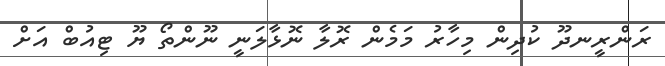
ރަންރީނދޫ ކުދިން މިހާރު މަމެން ރޮލާ ނޮޅާލަނީ ނޫންތޯ ޔޫ ޓިއުބް އަށް